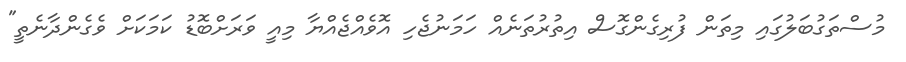
މުސްތަގުބަލުގައި މިތަން ފުރިގެންގޮސް އިތުރުތަނެއް ހަމަނުޖެހި އޮވެއްޖެއްޔާ މިއީ ވަރަށްބޮޑު ކަމަކަށް ވެގެންދާނެތީ"